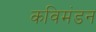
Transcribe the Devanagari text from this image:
कविमंडन